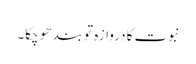
نبوت کا دروازہ تو بند ھو چکا۔